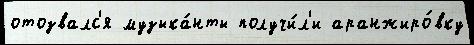
отозвалс'я музыка́нты получи́л'и аранжиро́вку